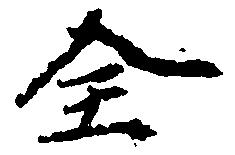
全